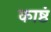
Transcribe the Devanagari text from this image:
काष्ठं